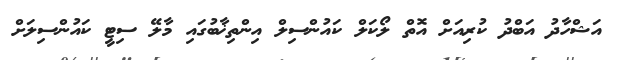
އަޝްހާދު އަބްދު ކުރިއަށް އޮތް ލޯކަލް ކައުންސިލް އިންތިޚާބުގައި މާލޭ ސިޓީ ކައުންސިލަށް